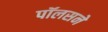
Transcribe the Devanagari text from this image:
पॉलसने